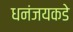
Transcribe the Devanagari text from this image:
धनंजयकडे